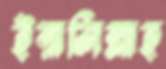
ইন্নালিল্লাহ